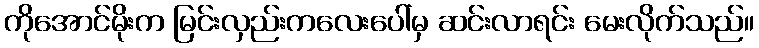
ကိုအောင်မိုးက မြင်းလှည်းကလေးပေါ်မှ ဆင်းလာရင်း မေးလိုက်သည်။